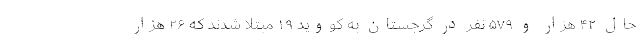
حال ۴۲ هزار و ۵۷۹ نفر در گرجستان به کووید ۱۹ مبتلا شدند که ۲۶ هزار